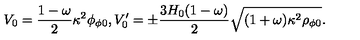
V _ { 0 } = \frac { 1 - \omega } { 2 } \kappa ^ { 2 } \phi _ { \phi 0 } , V _ { 0 } ^ { \prime } = \pm \frac { 3 H _ { 0 } ( 1 - \omega ) } { 2 } \sqrt { ( 1 + \omega ) \kappa ^ { 2 } \rho _ { \phi 0 } } .